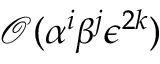
\mathcal { O } ( \alpha ^ { i } \beta ^ { j } \epsilon ^ { 2 k } )